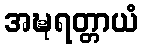
အဍ္ဎရတ္တာယံ